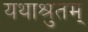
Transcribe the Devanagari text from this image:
यथाश्रुतम्